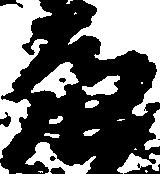
亮